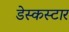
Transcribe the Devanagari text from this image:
डेस्कस्टार